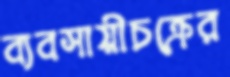
ব্যবসায়ীচক্রের